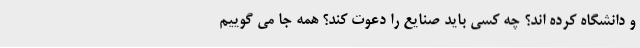
و دانشگاه کرده اند؟ چه کسی باید صنایع را دعوت کند؟ همه جا می گوییم